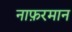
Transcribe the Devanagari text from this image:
नाफ़रमान